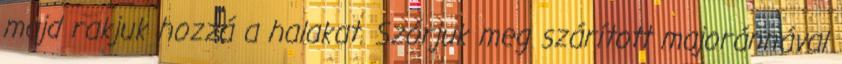
majd rakjuk hozzá a halakat. Szórjuk meg szárított majoránnával